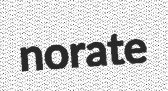
norate